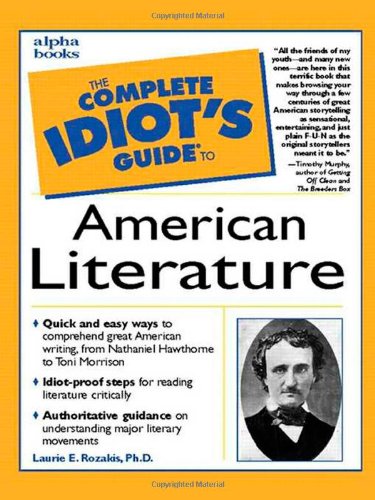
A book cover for The Complete Idiot's Guide to American Literature; Laurie E. Rozakis; Literature & Fiction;